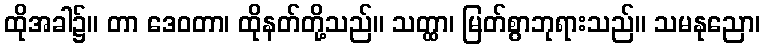
ထိုအခါ၌။ တာ ဒေဝတာ၊ ထိုနတ်တို့သည်။ သတ္ထာ၊ မြတ်စွာဘုရားသည်။ သမနုညော၊